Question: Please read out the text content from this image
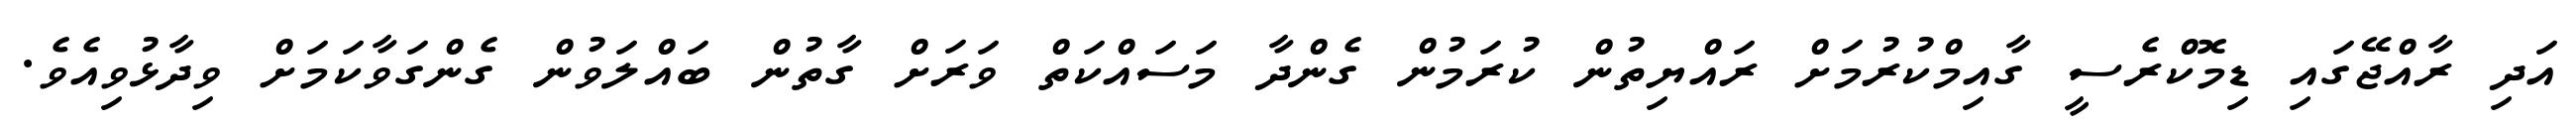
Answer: އަދި ރާއްޖޭގައި ޑިމޮކްރެސީ ގާއިމްކުރުމަށް ރައްޔިތުން ކުރަމުން ގެންދާ މަސައްކަތް ވަރަށް ގާތުން ބައްލަވުން ގެންގަވާކަމަށް ވިދާޅުވިއެވެ.